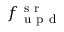
f _ { \mathrm { ~ u ~ p ~ d ~ } } ^ { \mathrm { ~ s ~ r ~ } }